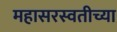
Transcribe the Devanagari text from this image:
महासरस्वतीच्या